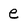
Character: e